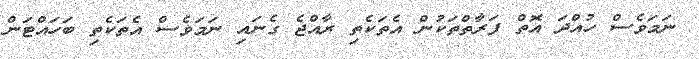
ނަމަވެސް ހުއްދަ އޮތް ފަރާތްތަަކުން އެތަކެތި ރާއްޖެ ގެނައި ނަމަވެސް އެތަކެތި ބަހައްޓަން